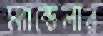
ম্যান্ডেলার